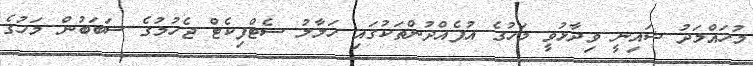
މުހައްމަދު ޝައިނީ ވިދާޅުވީ މަހުގެ އުފެއްދުންތަކުގައި ހަލާލު ސެޓްފިކެޓް ޖެހުމުގެ ސަބަބުން މަހުގެ